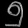
Digit: ၅